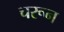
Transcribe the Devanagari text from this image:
चरून